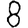
Digit: 8